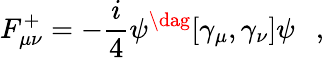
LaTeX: F_{\mu\nu}^{+}=-\frac{i}{4}\psi^{\dag}[\gamma_{\mu},\gamma_{\nu}]\psi~~~,